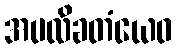
အပလိခတံယေဝ